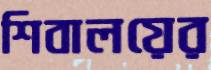
শিবালয়ের